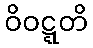
ဝိဝဋ္ဋတိ